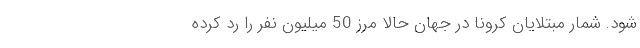
شود. شمار مبتلایان کرونا در جهان حالا مرز 50 میلیون نفر را رد کرده